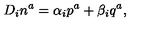
D _ { i } n ^ { a } = \alpha _ { i } p ^ { a } + \beta _ { i } q ^ { a } ,